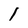
Character: l